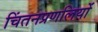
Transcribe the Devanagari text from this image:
चिंतनप्रणलियों